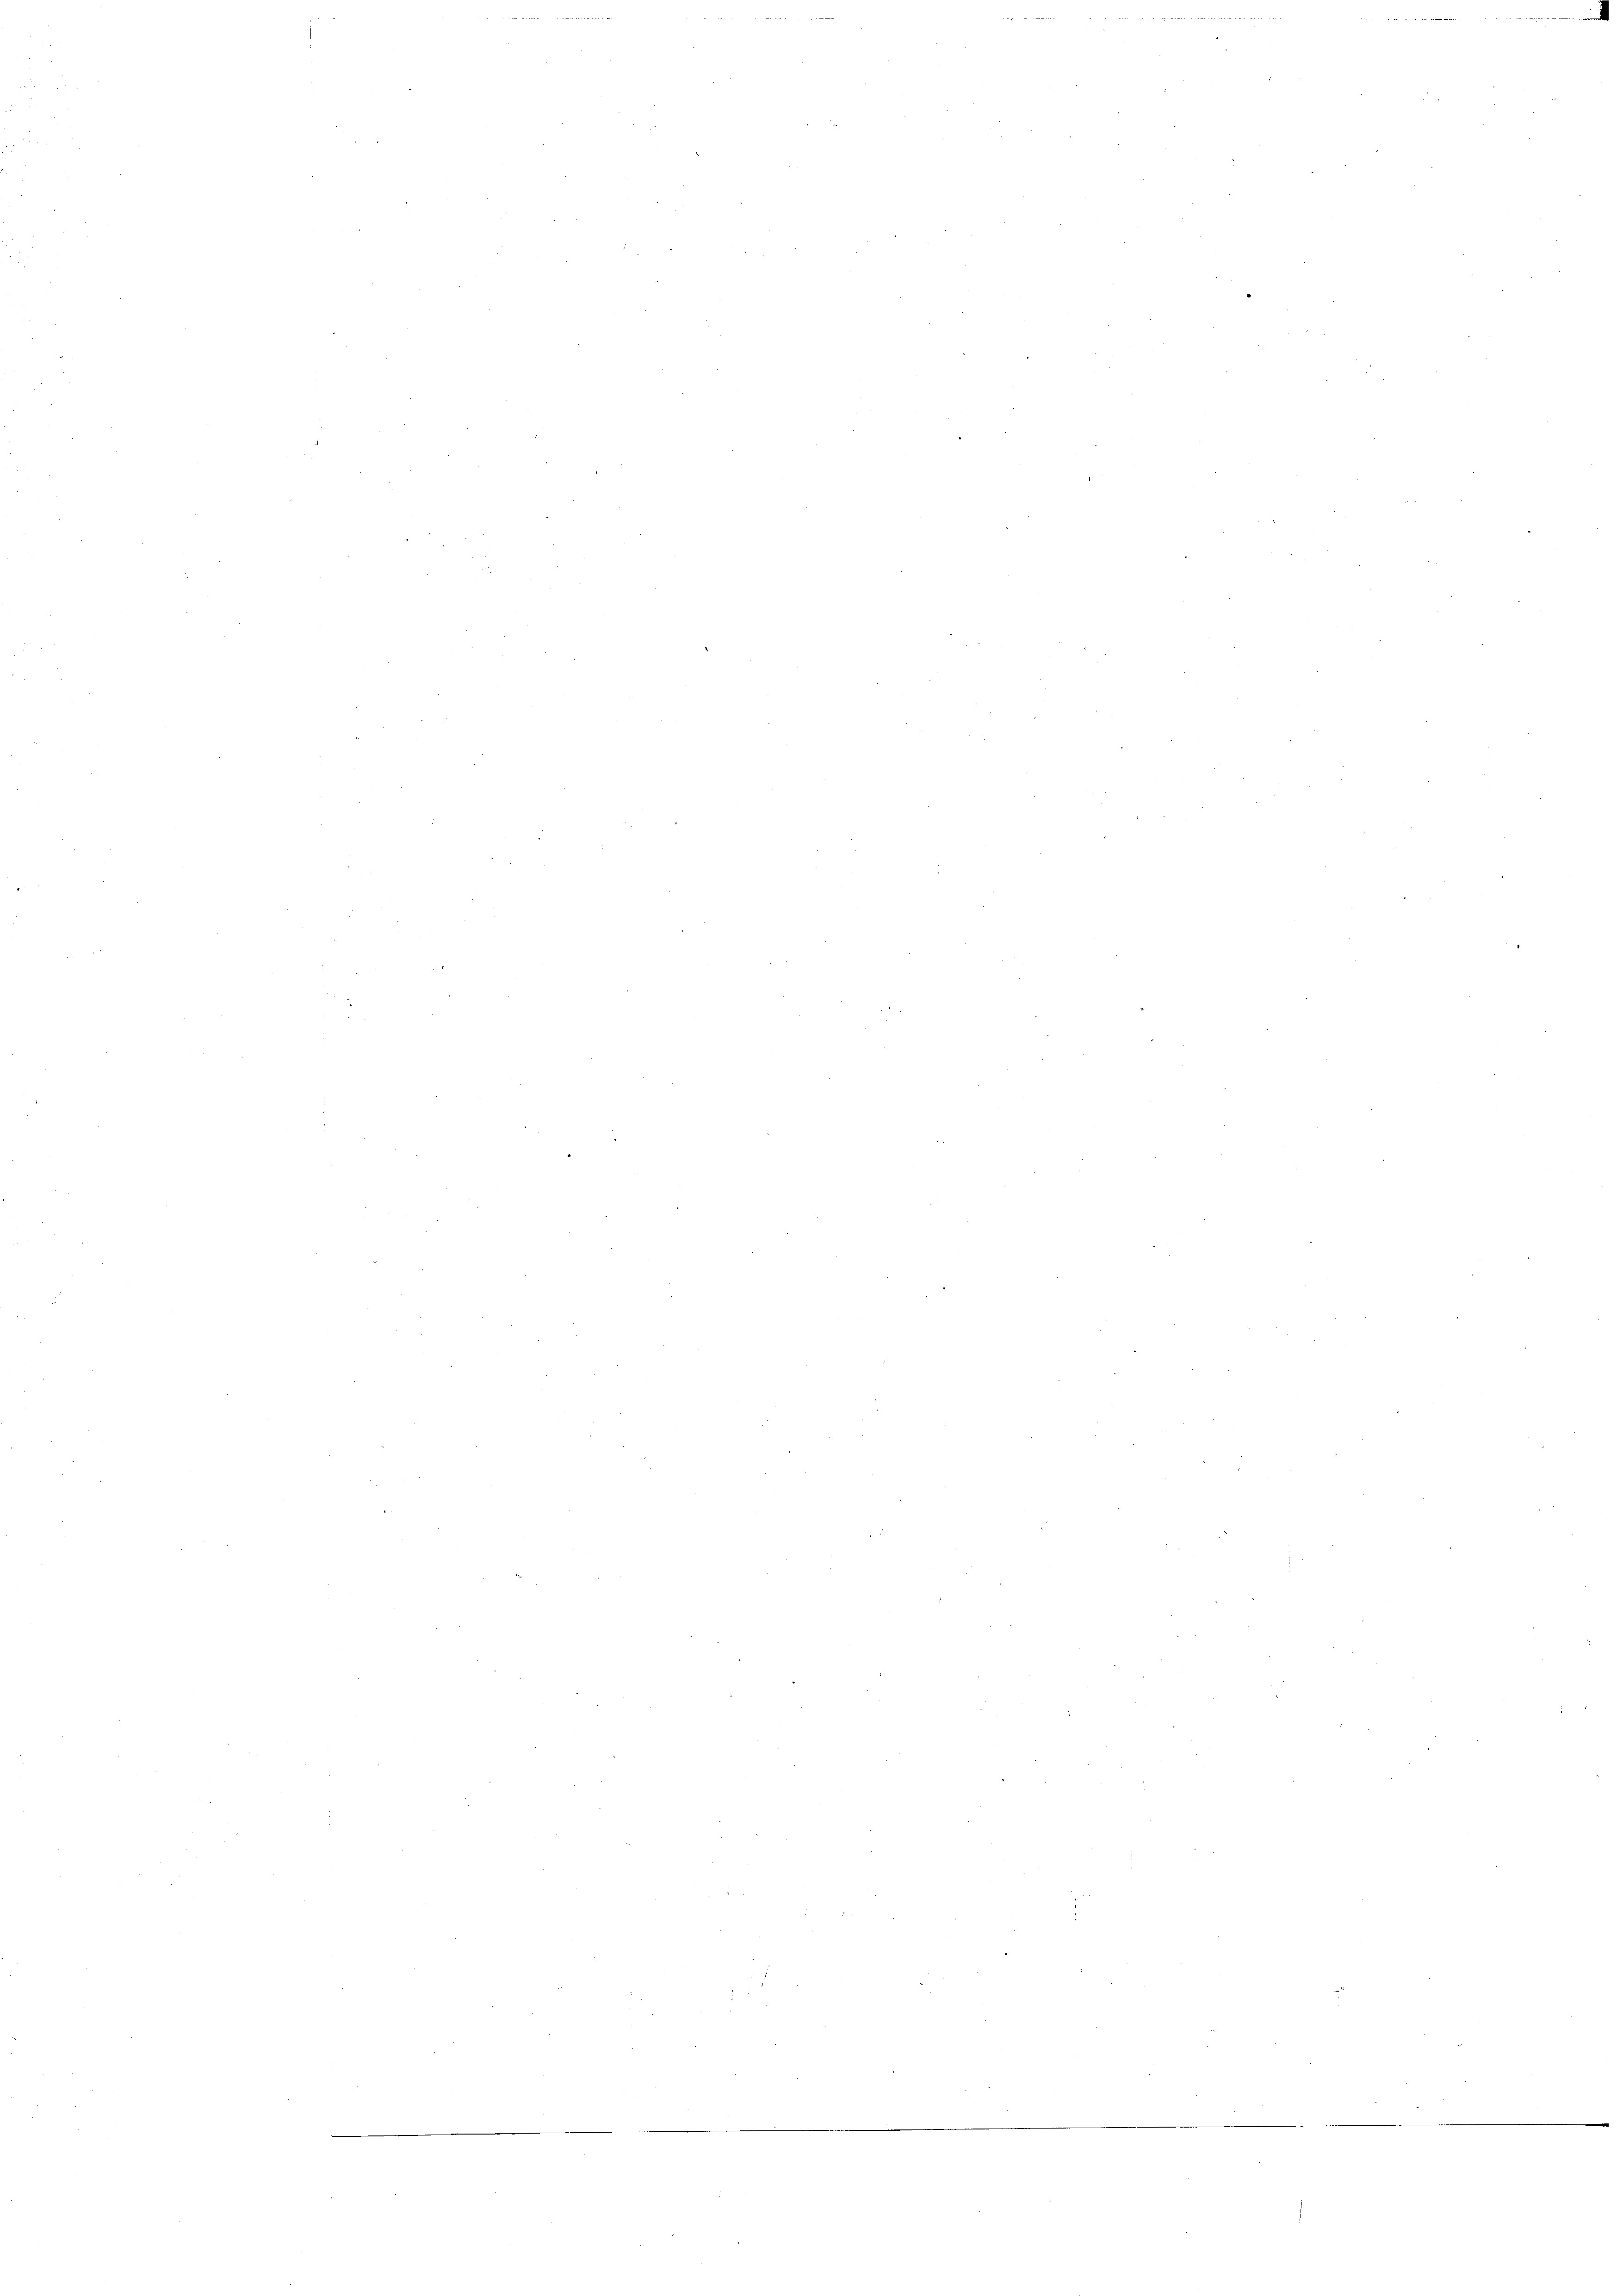
s

e
.
e
3
8

s

n
u
¬

2

2

5
e
¬
¬

e
¬
e
e
e
227
e
e
e
¬
n
e
.

e

n
.
e
2

¬
e
e
e

i

e

22 des

e

2
e

e

n

a

.

11
e
¬
e
e
e
.
e
e
e
n
.
.
.
¬
n
¬
e
e

e
e

e
e
e

e
e
n
2

e

.

a

u

e
e
e
e
¬
e
n

.

—

8

2
n

e
.

e

.

.